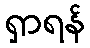
ရှာရန်